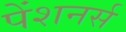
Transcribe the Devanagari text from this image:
पेंशनर्स